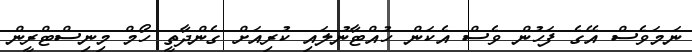
ނަމަވެސް އޭގެ ފަހުން ވެސް އެކަން ހުއްޓާނުލައި ކުރިއަށް ގެންދާތީ ހޯމް މިނިސްޓްރީން